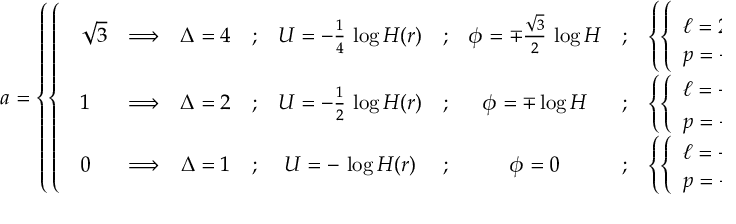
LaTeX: a = \left\{ \left\{ \begin{array} { l l } { { { \begin{array} { l c c c c c c c l } { { \sqrt { 3 } } } & { { \Longrightarrow } } & { { \Delta = 4 } } & { { ; } } & { { U = - \frac { 1 } { 4 } \, \log H ( r ) } } & { { ; } } & { { \phi = \mp \frac { \sqrt { 3 } } { 2 } \, \log H } } & { { ; } } & { { \left\{ \left\{ \begin{array} { l l } { { \ell = 2 \, r ^ { 3 } \, \frac { d } { d r } H ^ { - \frac { 1 } { 2 } } } } \\ { { p = - k } } \end{array} \right. \right. } } \\ { { 1 } } & { { \Longrightarrow } } & { { \Delta = 2 } } & { { ; } } & { { U = - \frac { 1 } { 2 } \, \log H ( r ) } } & { { ; } } & { { \phi = \mp \log H } } & { { ; } } & { { \left\{ \left\{ \begin{array} { l l } { { \ell = - 2 \, r ^ { 3 } \, \frac { d } { d r } H ^ { - 1 } } } \\ { { p = - 2 \sqrt { 2 } \, k } } \end{array} \right. \right. } } \\ { { 0 } } & { { \Longrightarrow } } & { { \Delta = 1 } } & { { ; } } & { { U = - \, \log H ( r ) } } & { { ; } } & { { \phi = 0 } } & { { ; } } & { { \left\{ \left\{ \begin{array} { l l } { { \ell = - 2 \, r ^ { 3 } \, \frac { d } { d r } H } } \\ { { p = - 4 \, k } } \end{array} \right. \right. } } \end{array} } } } \end{array} \right. \right.